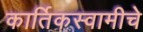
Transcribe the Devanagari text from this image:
कार्तिकस्वामीचे